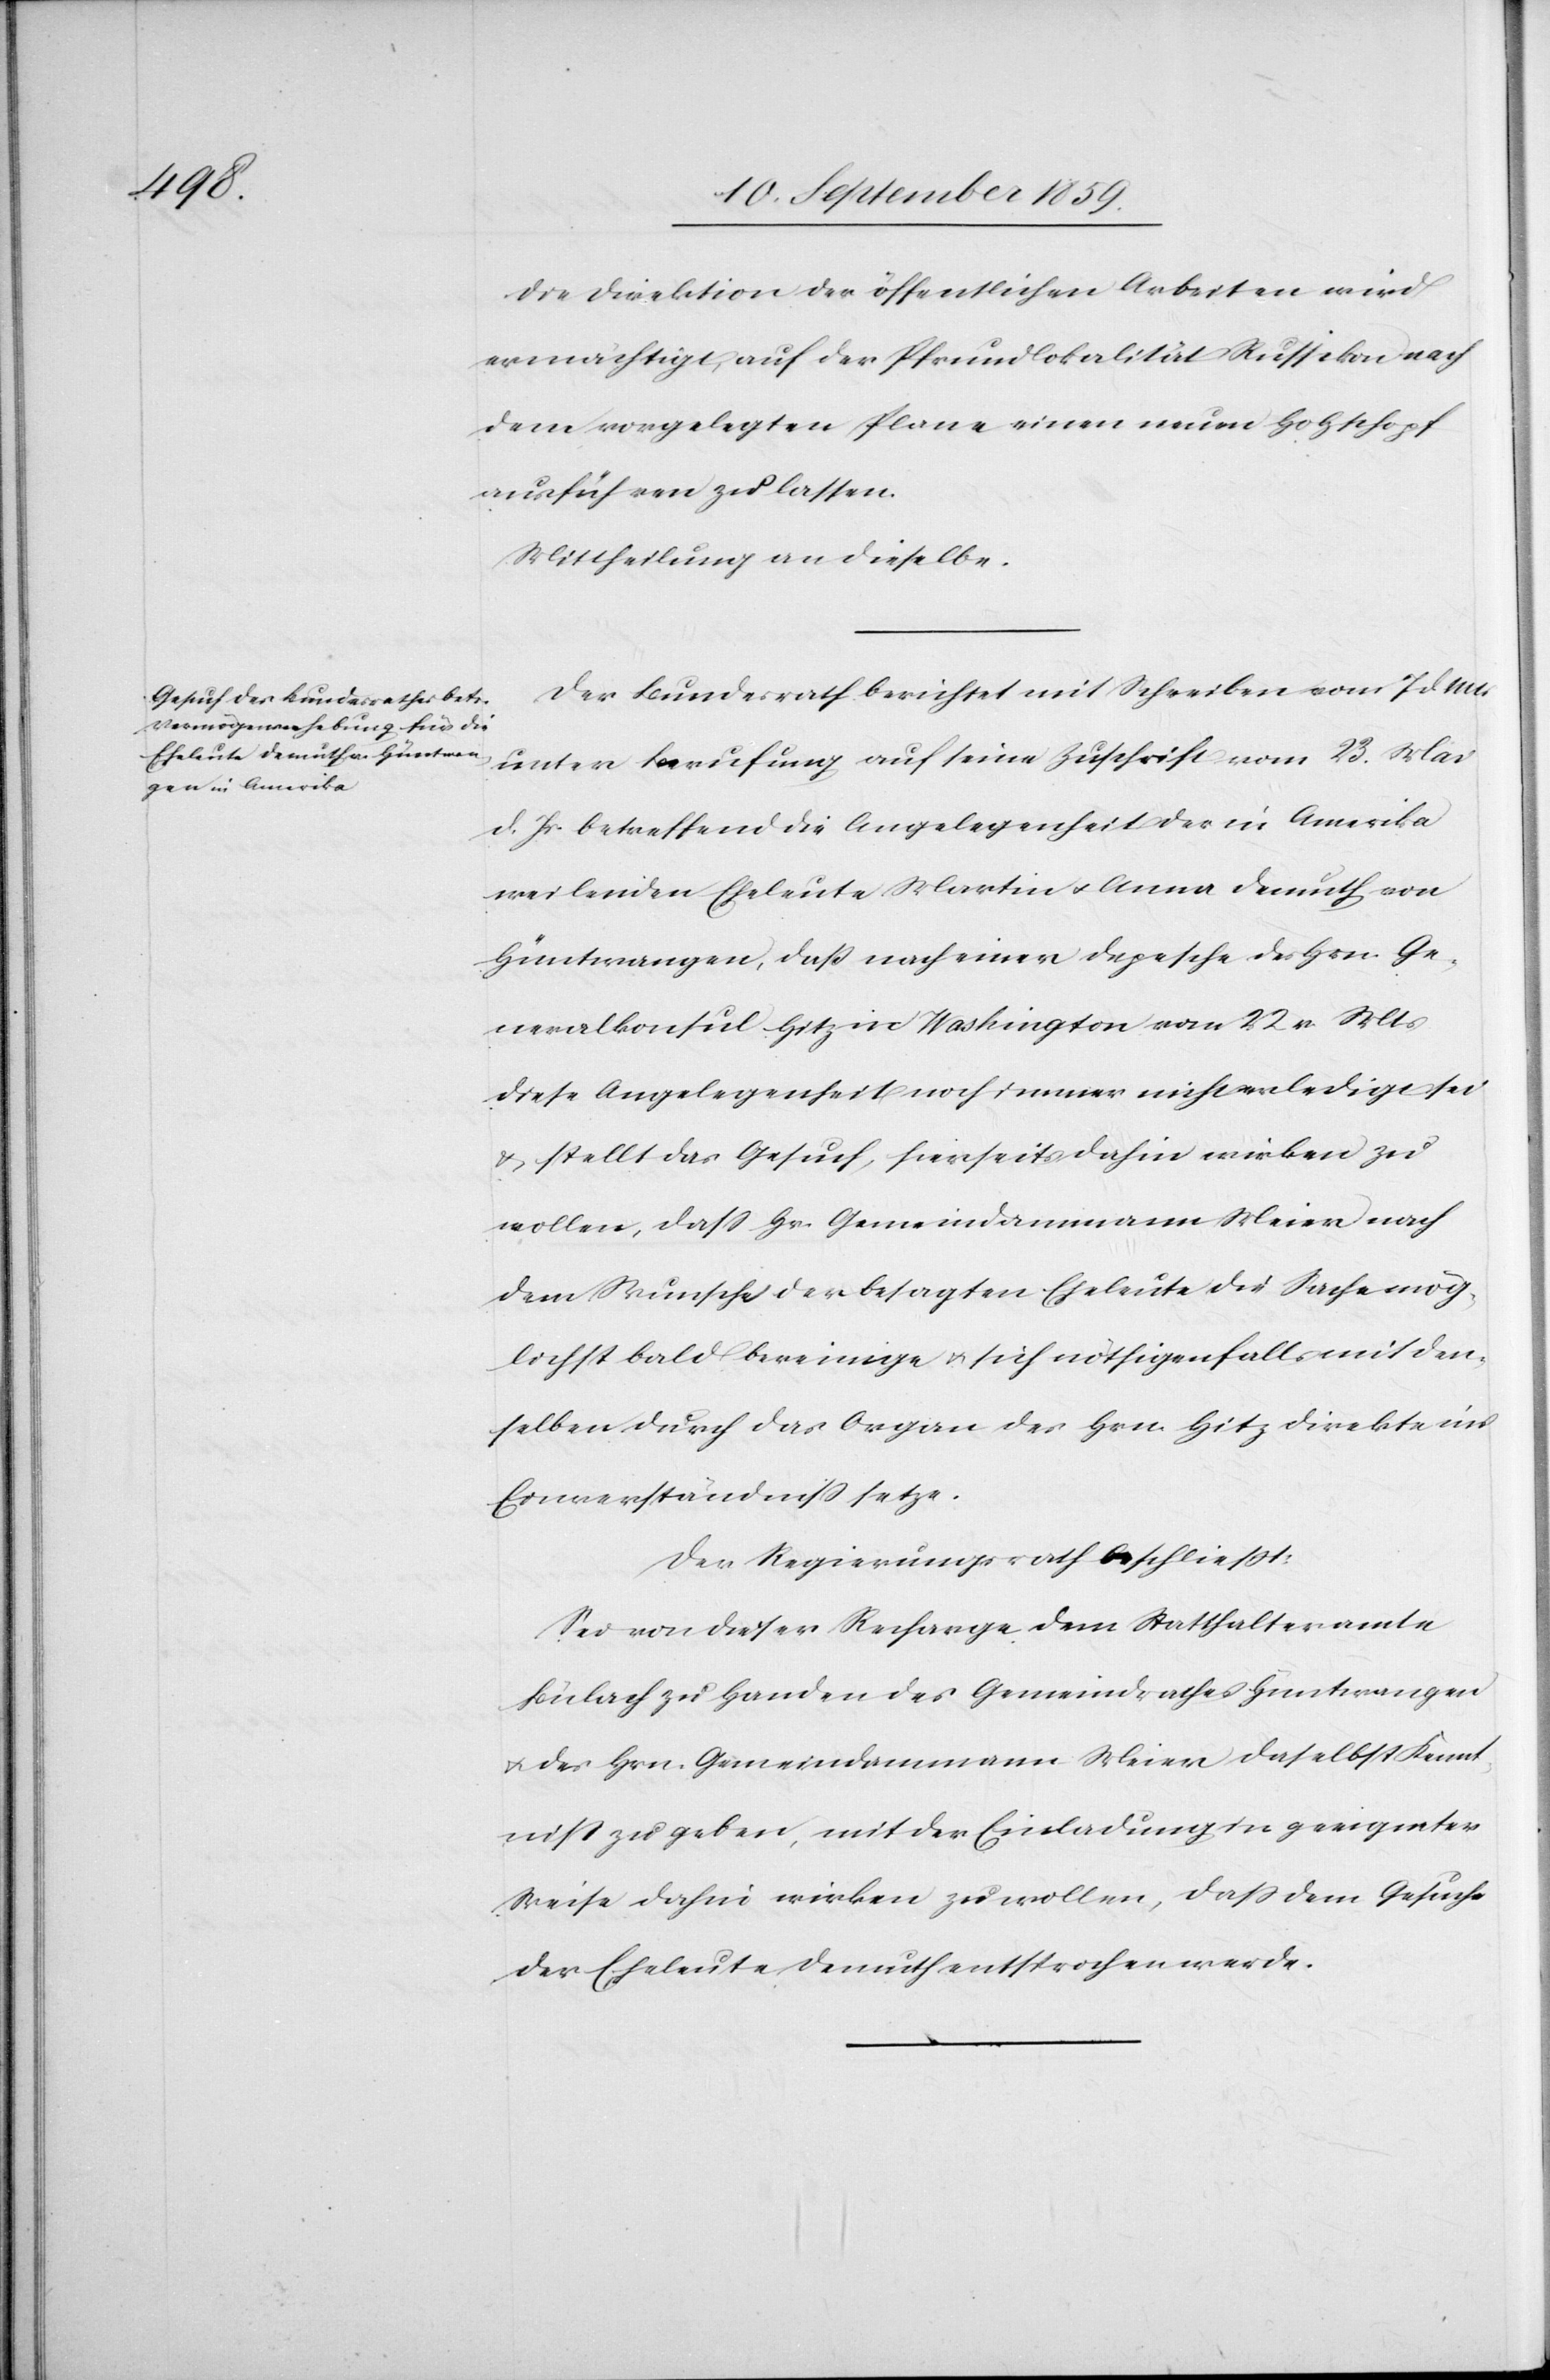
Die Direktion der öffentlichen Arbeiten wird
ermächtigt, auf der Pfrundlokalität Russikon nach
dem vorgelegten Plane einen neuen Holzschopf
ausführen zu lassen.
Mittheilung an dieselbe.
Der Bundesrath berichtet mit Schreiben vom 7. d. Mts.
unter Berufung auf seine Zuschrift vom 23. Mai
d. Js. betreffend die Angelegenheit der in Amerika
weilenden Eheleute Martin & Anna Demuth von
Hüntwangen, daß nach einer Depesche des Hrn. Ge¬
neralkonsul Hitz in Washington vom 22. v. Mts.
diese Angelegenheit noch immer nicht erledigt sei
& stellt das Gesuch, hierseits dahin wirken zu
lassen, daß Hr. Gemeindammann Meier nach
dem Wunsche der besagten Eheleute die Sache mög¬
lichst bald bereinige & sich nöthigenfalls mit den¬
selben durch das Organ des Hrn. Hitz direkte ins
Einverständniß setze.
Der Regierungsrath beschließt:
Sei von dieser Recharge dem Statthalteramte
Bülach zu Handen des Gemeindrathes Hüntwangen
& des Hrn. Gemeindammann Meier daselbst Kennt¬
niß zu geben, mit der Einladung in geeigneter
Weise dahin wirken zu wollen, daß dem Gesuche
der Eheleute Demuth entsprochen werde.